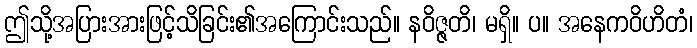
ဤသို့အပြားအားဖြင့်သိခြင်း၏အကြောင်းသည်။ နဝိဇ္ဇတိ၊ မရှိ။ ပ။ အနေကဝိဟိတံ၊